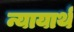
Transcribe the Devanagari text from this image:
न्यायार्थ